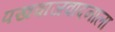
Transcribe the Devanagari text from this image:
पखवाजवादनाला